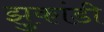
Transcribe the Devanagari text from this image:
झुकांडी